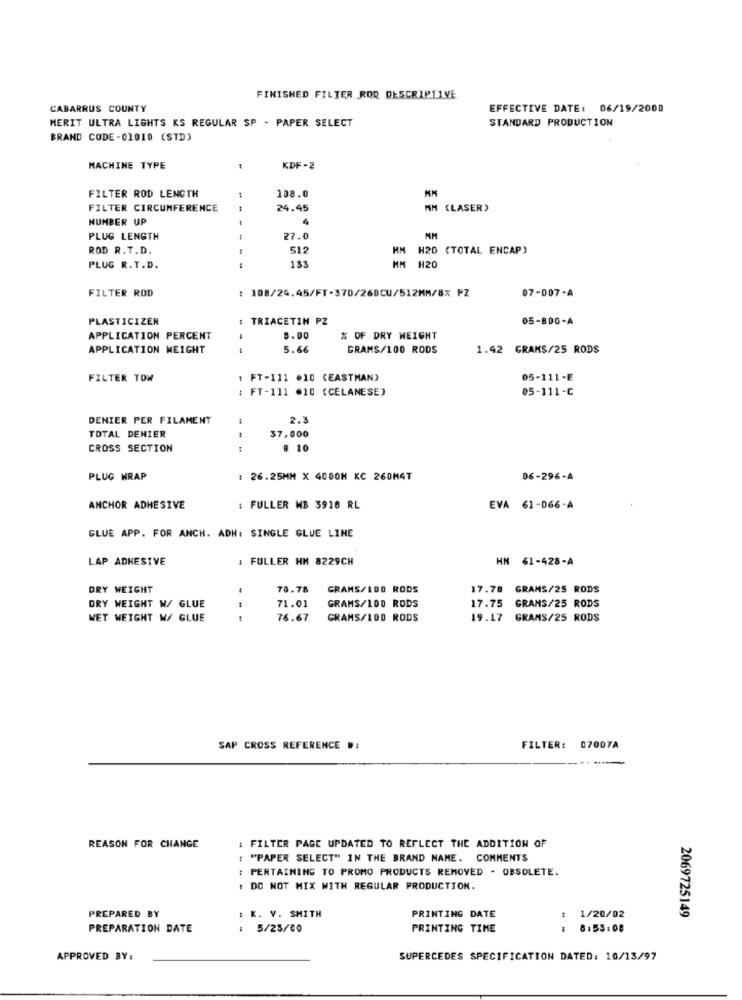
FINISHED FILTER ROD DESCRIPTIVE
CABARRUS COUNTY
EFFECTIVE DATE: 06/19/2000
MERIT ULTRA LIGHTS KS REGULAR SP - PAPER SELECT
STANDARD PRODUCTION
BRAND CODE -01010 (STD)
MACHINE TYPE
KDF -2
108.0
FILTER ROD LENGTH
MM
FILTER CIRCUMFERENCE
24.45
MM (LASER)
NUMBER UP
4
PLUG LENGTH
27.0
MM
ROD R.T.D.
512
HM H20 (TOTAL ENCAP)
PLUG R.T.D.
153
MM H20
FILTER ROD
: 108/24.45/FT-370/260CU/512MM/8% PZ
07-007-A
PLASTICIZER
: TRIACETIN PZ
05-800-A
APPLICATION PERCENT
5.00
% OF DRY WEIGHT
APPLICATION WEIGHT
5.66
GRAMS/100 RODS
1.42 GRAMS/25 RODS
FILTER TOW
: FT-111 #10 (EASTMAN)
05-111-E
: FT-111 #10 (CELANESE)
05-111-C
DENIER PER FILAMENT
2.
TOTAL DENIER
$7,000
CROSS SECTION
---
# 10
PLUG WRAP
: 26.25MM X 4000H KC 260M4T
06-296-A
ANCHOR ADHESIVE
: FULLER HB 3916 RL
EVA 61-066-A
GLUE APP. FOR ANCH. ADH: SINGLE GLUE LINE
LAP ADHESIVE
: FULLER HM 8229CH
HN 61-428-A
DRY WEIGHT
70.78
GRAMS/1DO RODS
17.70 GRAMS/25 RODS
71.01
DRY WEIGHT W/ GLUE
GRAMS/100 RODS
17.75 GRAMS/25 RODS
WET WEIGHT W/ GLUE
76.67
GRAMS/100 RODS
19.17 GRAMS/25 RODS
SAP CROSS REFERENCE #:
FILTER: 07007A
REASON FOR CHANGE
: FILTER PAGE UPDATED TO REFLECT THE ADDITION OF
"PAPER SELECT" IN THE BRAND NAME. COMMENTS
: PERTAINING TO PROMO PRODUCTS REMOVED - OBSOLETE.
DO NOT MIX WITH REGULAR PRODUCTION.
PREPARED BY
2069725149
K. V. SMITH
PRINTING DATE
:1/20/02
PREPARATION DATE
: 5/25/00
PRINTING TIME
$8:55:08
APPROVED BY:
SUPERCEDES SPECIFICATION DATED: 10/13/97